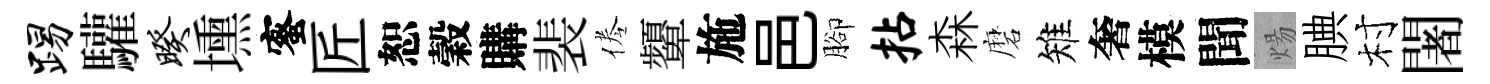
踢驩暌壎蜜匠恕穀購裴倦顰施邑腳拈森磨雉奢模聞煬腆村闍